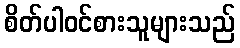
စိတ်ပါဝင်စားသူများသည်